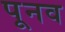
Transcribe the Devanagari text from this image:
पूनव